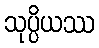
သုပ္ပိယဿ